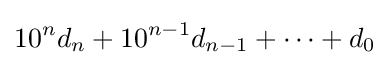
10^{n}d_{n}+10^{n-1}d_{n-1}+\cdots +d_{0}